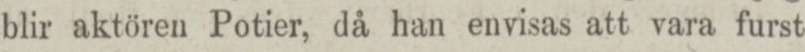
blir aktören Potier, då han envisas att vara furst